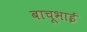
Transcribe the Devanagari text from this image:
बाचूभाई